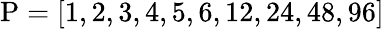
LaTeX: \mathrm{P}=[1,2,3,4,5,6,12,24,48,96]